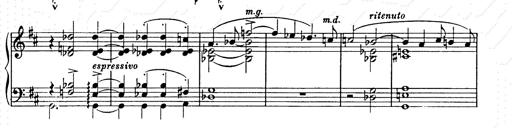
Title: Ballade No.2
Composer: Jan Skrzydlewski
Key: B minor